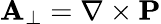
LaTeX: \mathbf{A}_{\perp}=\nabla\times\mathbf{P}